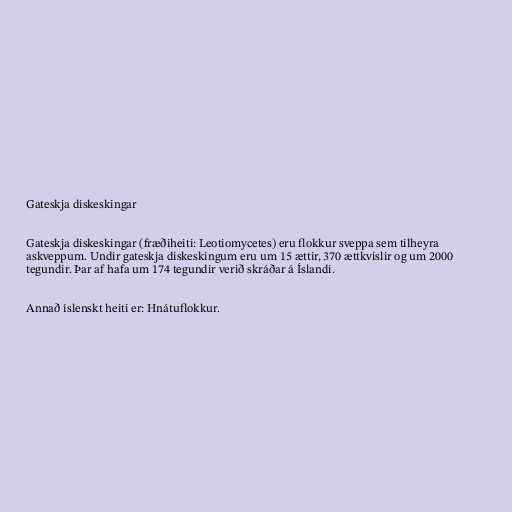
Gateskja diskeskingar

Gateskja diskeskingar (fræðiheiti: Leotiomycetes) eru flokkur sveppa sem tilheyra
askveppum. Undir gateskja diskeskingum eru um 15 ættir, 370 ættkvíslir og um 2000
tegundir. Þar af hafa um 174 tegundir verið skráðar á Íslandi.

Annað íslenskt heiti er: Hnátuflokkur.